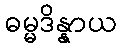
ဓမ္မဒိန္နာယ